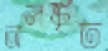
অলঙ্কৃত